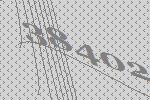
38402